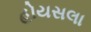
હોયસલા